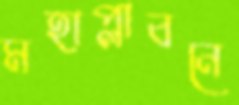
মহাপ্লাবনে